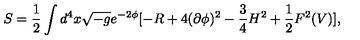
S = \frac { 1 } { 2 } \int d ^ { 4 } x \sqrt { - g } e ^ { - 2 \phi } [ - R + 4 ( \partial \phi ) ^ { 2 } - \frac { 3 } { 4 } H ^ { 2 } + \frac { 1 } { 2 } F ^ { 2 } ( V ) ] ,